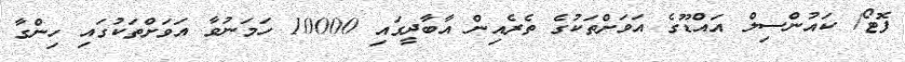
ފޮޓޯ/ ކައުންސިލް އައްޑޫގެ އަވަށްތަކުގެ ތެރެއިން އާބާދީގައި 10000 ހަމަނުވާ އަވަށްތަކުގައި ހިންގާ